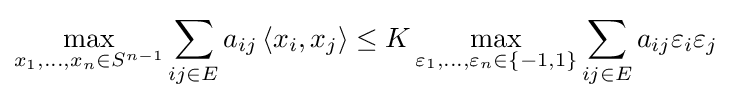
\max _{x_{1},\ldots ,x_{n}\in S^{n-1}}\sum _{ij\in E}a_{ij}\left\langle x_{i},x_{j}\right\rangle \leq K\max _{\varepsilon _{1},\ldots ,\varepsilon _{n}\in \{-1,1\}}\sum _{ij\in E}a_{ij}\varepsilon _{i}\varepsilon _{j}